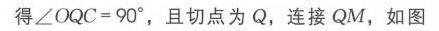
得\(\angle OQC = 90^{\circ}\)，且切点为\(Q\)，连接 \(QM\)，如图